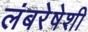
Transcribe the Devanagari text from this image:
लंबरेषेशी